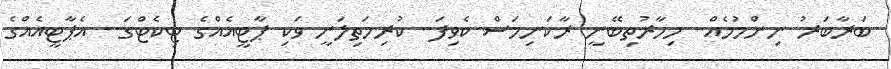
ބަރާބަރު ނިންމުމެއް.. މިހާރުތިބޭނީ ރާކަނިމަސް ކެވިފަ.. ކުރިމަތިލަނީ ވަކި ޕާޓީއެއްގެ ޓިކެޓްގަ.. އެޕާޓީއެއްގެ